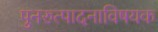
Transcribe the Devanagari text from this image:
पुनरुत्पादनाविषयक